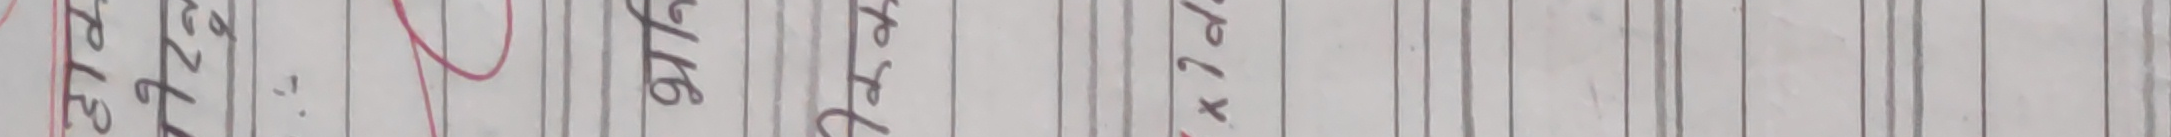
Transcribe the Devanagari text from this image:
२२६. ११६ अङ्ग्रेजी ७२×४